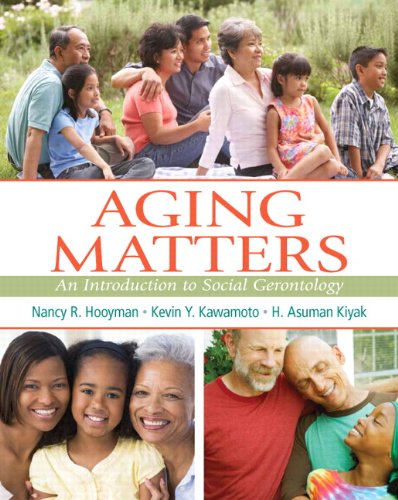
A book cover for Aging Matters: An Introduction to Social Gerontology; Nancy Hooyman; Politics & Social Sciences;